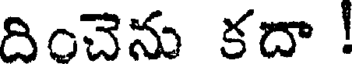
దించెను కదా !